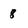
Character: 8